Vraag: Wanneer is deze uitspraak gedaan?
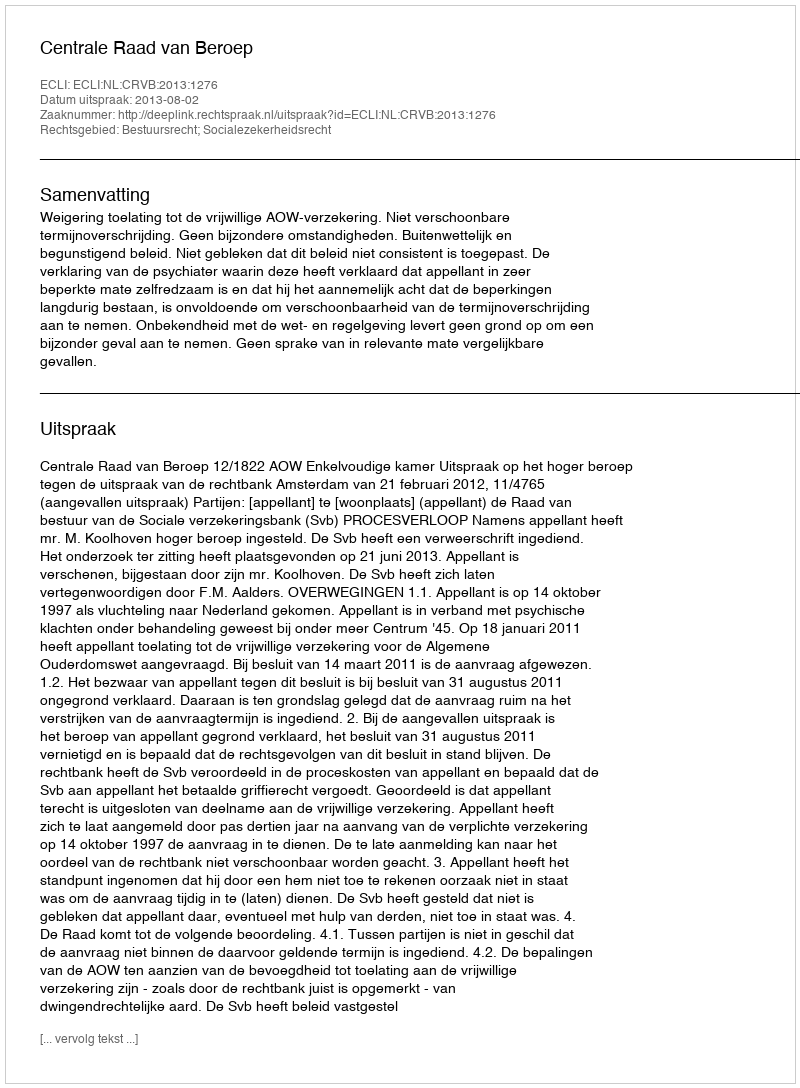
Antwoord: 2013-08-02